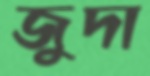
জুদা